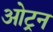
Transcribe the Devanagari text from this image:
ओट्रन